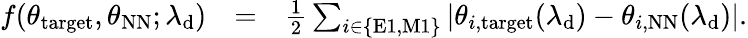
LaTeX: \begin{array}{rlr}{f(\theta_{\mathrm{target}},\theta_{\mathrm{NN}};\lambda_{\mathrm{d}})}&{=}&{\frac{1}{2}\sum_{i\in\{ \mathrm{E1,M1}\} }\left|\theta_{i,\mathrm{target}}(\lambda_{\mathrm{d}})-\theta_{i,\mathrm{NN}}(\lambda_{\mathrm{d}})\right|.}\end{array}